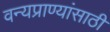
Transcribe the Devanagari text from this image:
वन्यप्राण्यांसाठी